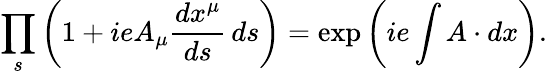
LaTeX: \prod_{s}\left(1+ieA_{\mu}{\frac{dx^{\mu}}{ds}}\, ds\right)=\exp\left(ie\int A\cdot dx\right).